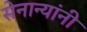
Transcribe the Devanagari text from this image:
सेनान्यांनी